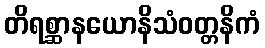
တိရစ္ဆာနယောနိသံဝတ္တနိကံ